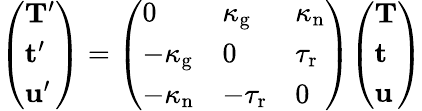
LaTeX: {\left(\begin{array}{l}{\mathbf{T}^{\prime}}\\ {\mathbf{t}^{\prime}}\\ {\mathbf{u}^{\prime}}\end{array}\right)}={\left(\begin{array}{lll}{0}&{\kappa_{\mathrm{g}}}&{\kappa_{\mathrm{n}}}\\ {-\kappa_{\mathrm{g}}}&{0}&{\tau_{\mathrm{r}}}\\ {-\kappa_{\mathrm{n}}}&{-\tau_{\mathrm{r}}}&{0}\end{array}\right)}{\left(\begin{array}{l}{\mathbf{T}}\\ {\mathbf{t}}\\ {\mathbf{u}}\end{array}\right)}